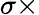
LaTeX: \sigma\times